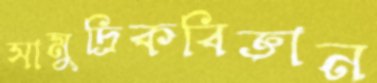
সামুদ্রিকবিজ্ঞান